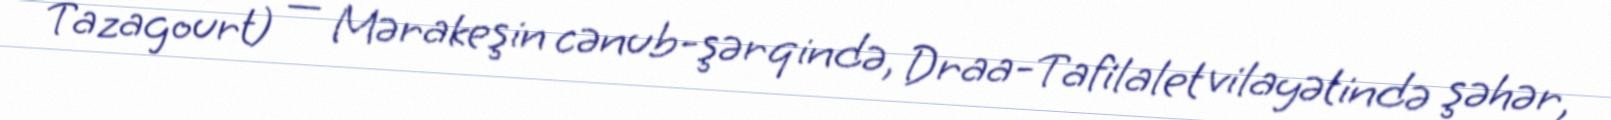
Tazagourt) — Mərakeşin cənub-şərqində, Draa-Tafilalet vilayətində şəhər,